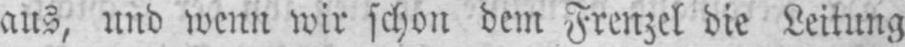
aus, und wenn wir schon dem Frenzel die Leitung